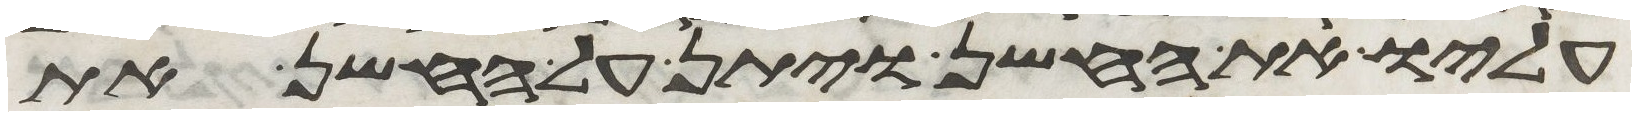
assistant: עליו את החשן ויתן על החשן את